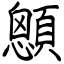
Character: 顖